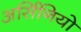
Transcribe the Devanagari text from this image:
अर्सिनियो